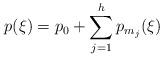
LaTeX: \begin{align*}p(\xi)=p_0+\sum_{j=1}^h p_{m_j}(\xi)\end{align*}